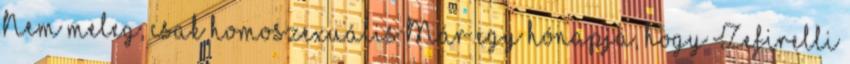
Nem meleg, csak homoszexuális Már egy hónapja, hogy Zefirelli